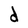
Character: d